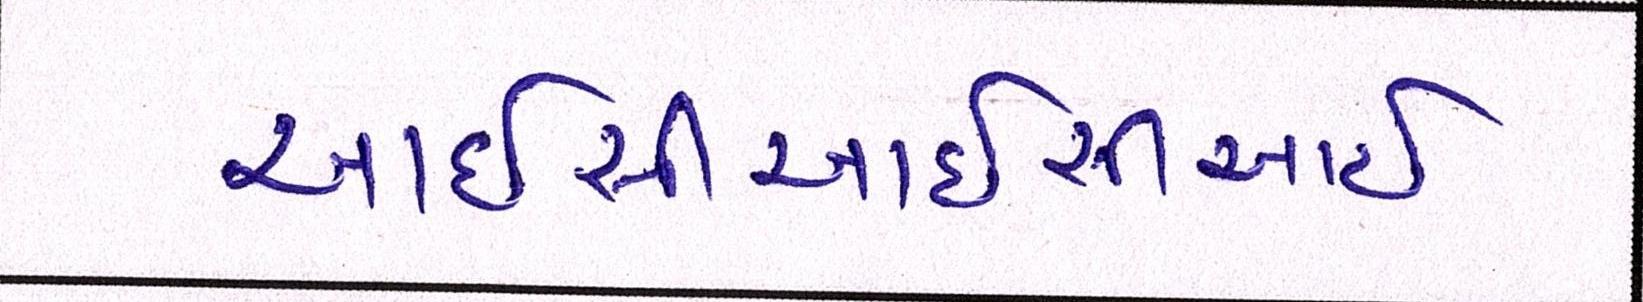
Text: આઈસીઆઈસીઆઈ